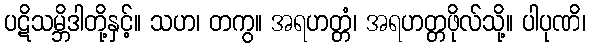
ပဋိသမ္ဘိဒါတို့နှင့်။ သဟ၊ တကွ။ အရဟတ္တံ၊ အရဟတ္တဖိုလ်သို့။ ပါပုဏိ၊